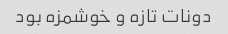
دونات تازه و خوشمزه بود